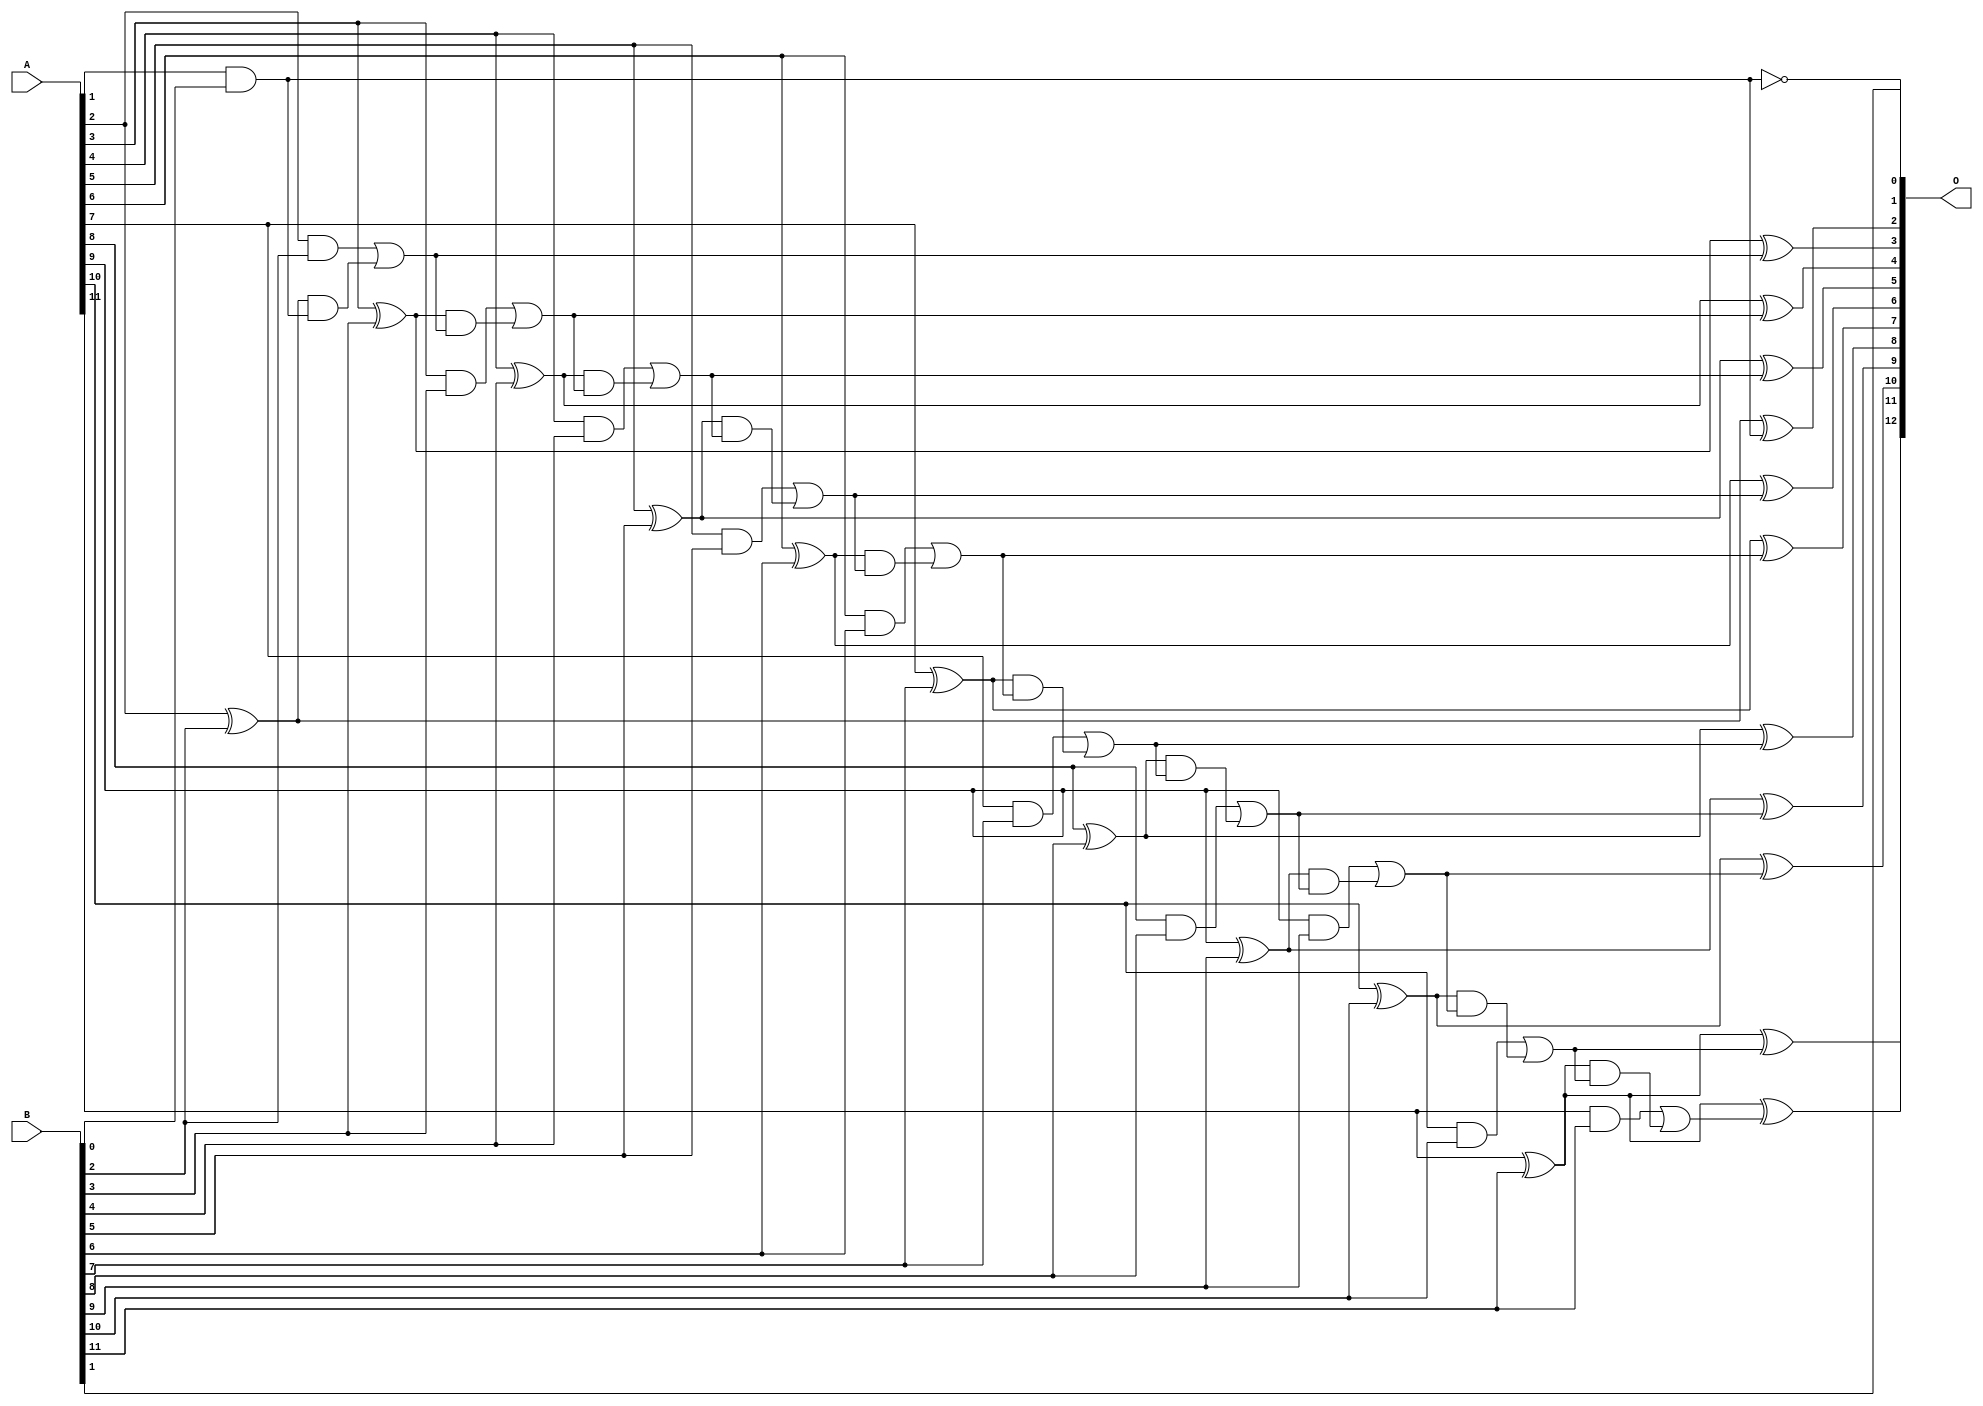
/***
* This code is a part of EvoApproxLib library (ehw.fit.vutbr.cz/approxlib) distributed under The MIT License.
* When used, please cite the following article(s): V. Mrazek, L. Sekanina, Z. Vasicek "Libraries of Approximate Circuits: Automated Design and Application in CNN Accelerators" IEEE Journal on Emerging and Selected Topics in Circuits and Systems, Vol 10, No 4, 2020 
* This file contains a circuit from a sub-set of pareto optimal circuits with respect to the pwr and ep parameters
***/
// MAE% = 0.02 %
// MAE = 0.8 
// WCE% = 0.049 %
// WCE = 2.0 
// WCRE% = 200.00 %
// EP% = 62.50 %
// MRE% = 0.28 %
// MSE = 1.0 
// PDK45_PWR = 0.048 mW
// PDK45_AREA = 97.1 um2
// PDK45_DELAY = 0.87 ns

module add12se_59U (
    A,
    B,
    O
);

input [11:0] A;
input [11:0] B;
output [12:0] O;

wire sig_25,sig_27,sig_31,sig_32,sig_33,sig_34,sig_35,sig_36,sig_37,sig_38,sig_39,sig_40,sig_41,sig_42,sig_43,sig_44,sig_45,sig_46,sig_47,sig_48;
wire sig_49,sig_50,sig_51,sig_52,sig_53,sig_54,sig_55,sig_56,sig_57,sig_58,sig_59,sig_60,sig_61,sig_62,sig_63,sig_64,sig_65,sig_66,sig_67,sig_68;
wire sig_69,sig_70,sig_71,sig_72,sig_73,sig_74,sig_75,sig_76,sig_77,sig_78,sig_79,sig_80,sig_81,sig_82;

assign sig_25 = ~(A[1] & B[0]);
assign sig_27 = A[1] & B[0];
assign sig_31 = A[2] ^ B[2];
assign sig_32 = A[2] & B[2];
assign sig_33 = sig_31 & sig_27;
assign sig_34 = sig_31 ^ sig_27;
assign sig_35 = sig_32 | sig_33;
assign sig_36 = A[3] ^ B[3];
assign sig_37 = A[3] & B[3];
assign sig_38 = sig_36 & sig_35;
assign sig_39 = sig_36 ^ sig_35;
assign sig_40 = sig_37 | sig_38;
assign sig_41 = A[4] ^ B[4];
assign sig_42 = A[4] & B[4];
assign sig_43 = sig_41 & sig_40;
assign sig_44 = sig_41 ^ sig_40;
assign sig_45 = sig_42 | sig_43;
assign sig_46 = A[5] ^ B[5];
assign sig_47 = A[5] & B[5];
assign sig_48 = sig_46 & sig_45;
assign sig_49 = sig_46 ^ sig_45;
assign sig_50 = sig_47 | sig_48;
assign sig_51 = A[6] ^ B[6];
assign sig_52 = A[6] & B[6];
assign sig_53 = sig_51 & sig_50;
assign sig_54 = sig_51 ^ sig_50;
assign sig_55 = sig_52 | sig_53;
assign sig_56 = A[7] ^ B[7];
assign sig_57 = A[7] & B[7];
assign sig_58 = sig_56 & sig_55;
assign sig_59 = sig_56 ^ sig_55;
assign sig_60 = sig_57 | sig_58;
assign sig_61 = A[8] ^ B[8];
assign sig_62 = A[8] & B[8];
assign sig_63 = sig_61 & sig_60;
assign sig_64 = sig_61 ^ sig_60;
assign sig_65 = sig_62 | sig_63;
assign sig_66 = A[9] ^ B[9];
assign sig_67 = A[9] & B[9];
assign sig_68 = sig_66 & sig_65;
assign sig_69 = sig_66 ^ sig_65;
assign sig_70 = sig_67 | sig_68;
assign sig_71 = A[10] ^ B[10];
assign sig_72 = A[10] & B[10];
assign sig_73 = sig_71 & sig_70;
assign sig_74 = sig_71 ^ sig_70;
assign sig_75 = sig_72 | sig_73;
assign sig_76 = A[11] ^ B[11];
assign sig_77 = A[11] & B[11];
assign sig_78 = sig_76 & sig_75;
assign sig_79 = sig_76 ^ sig_75;
assign sig_80 = sig_77 | sig_78;
assign sig_81 = A[11] ^ B[11];
assign sig_82 = sig_81 ^ sig_80;

assign O[12] = sig_82;
assign O[11] = sig_79;
assign O[10] = sig_74;
assign O[9] = sig_69;
assign O[8] = sig_64;
assign O[7] = sig_59;
assign O[6] = sig_54;
assign O[5] = sig_49;
assign O[4] = sig_44;
assign O[3] = sig_39;
assign O[2] = sig_34;
assign O[1] = sig_25;
assign O[0] = B[1];

endmodule